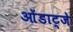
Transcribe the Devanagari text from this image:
ओंडाट्जे